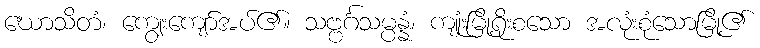
ဃောသိတံ၊ ကျွေးကျော်အပ်၏။ သဗ္ဗင်္ဂသမ္ပန္နံ၊ ကျုံးမြို့ရိုးစသော အလုံးစုံသောမြို့၏